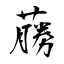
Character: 蕂